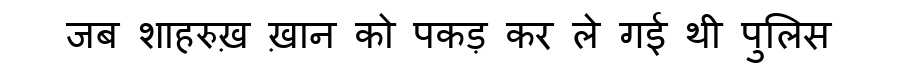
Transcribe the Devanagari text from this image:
जब शाहरुख़ ख़ान को पकड़ कर ले गई थी पुलिस